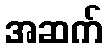
အဆက်